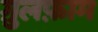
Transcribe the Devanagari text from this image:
ग़ुलफ़ाम